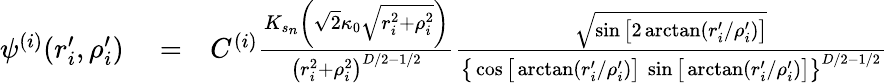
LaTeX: \begin{array}{rlr}{\psi^{(i)}(r_{i}^{\prime},\rho_{i}^{\prime})}&{{}=}&{C^{(i)}\frac{K_{s_{n}}\left(\sqrt{2}\kappa_{0}\sqrt{r_{i}^{2}+\rho_{i}^{2}}\right)}{\big(r_{i}^{2}+\rho_{i}^{2}\big)^{D/2-1/2}}\frac{\sqrt{\sin\big[2\arctan\left(r_{i}^{\prime}/\rho_{i}^{\prime}\right)\big]}}{\big\{ \cos\big[\arctan\left(r_{i}^{\prime}/\rho_{i}^{\prime}\right)\big]\ \sin\big[\arctan\left(r_{i}^{\prime}/\rho_{i}^{\prime}\right)\big]\big\} ^{D/2-1/2}}}\end{array}